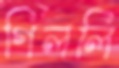
গিললি